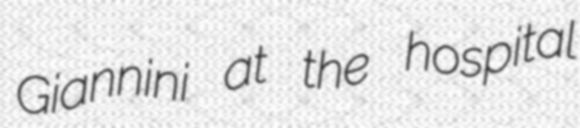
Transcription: Giannini at the hospital